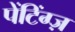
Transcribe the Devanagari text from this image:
पेंटिंग्ज़